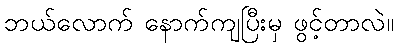
ဘယ်လောက် နောက်ကျပြီးမှ ဖွင့်တာလဲ။